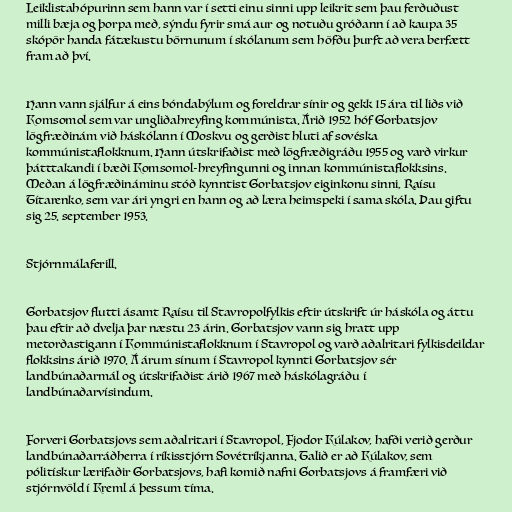
Leiklistahópurinn sem hann var í setti einu sinni upp leikrit sem þau ferðuðust
milli bæja og þorpa með, sýndu fyrir smá aur og notuðu gróðann í að kaupa 35
skópör handa fátækustu börnunum í skólanum sem höfðu þurft að vera berfætt
fram að því.

Hann vann sjálfur á eins bóndabýlum og foreldrar sínir og gekk 15 ára til liðs við
Komsomol sem var ungliðahreyfing kommúnista. Árið 1952 hóf Gorbatsjov
lögfræðinám við háskólann í Moskvu og gerðist hluti af sovéska
kommúnistaflokknum. Hann útskrifaðist með lögfræðigráðu 1955 og varð virkur
þátttakandi í bæði Komsomol-hreyfingunni og innan kommúnistaflokksins.
Meðan á lögfræðináminu stóð kynntist Gorbatsjov eiginkonu sinni, Raísu
Títarenko, sem var ári yngri en hann og að læra heimspeki í sama skóla. Þau giftu
sig 25. september 1953.

Stjórnmálaferill.

Gorbatsjov flutti ásamt Raísu til Stavropolfylkis eftir útskrift úr háskóla og áttu
þau eftir að dvelja þar næstu 23 árin. Gorbatsjov vann sig hratt upp
metorðastigann í Kommúnistaflokknum í Stavropol og varð aðalritari fylkisdeildar
flokksins árið 1970. Á árum sínum í Stavropol kynnti Gorbatsjov sér
landbúnaðarmál og útskrifaðist árið 1967 með háskólagráðu í
landbúnaðarvísindum.

Forveri Gorbatsjovs sem aðalritari í Stavropol, Fjodor Kúlakov, hafði verið gerður
landbúnaðarráðherra í ríkisstjórn Sovétríkjanna. Talið er að Kúlakov, sem
pólitískur lærifaðir Gorbatsjovs, hafi komið nafni Gorbatsjovs á framfæri við
stjórnvöld í Kreml á þessum tíma.